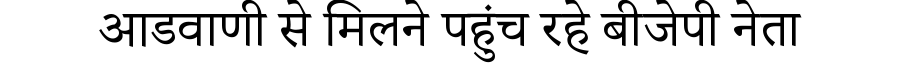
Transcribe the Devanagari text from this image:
आडवाणी से मिलने पहुंच रहे बीजेपी नेता